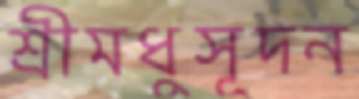
শ্রীমধুসূদন